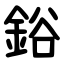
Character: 鋊